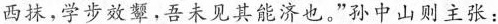
西抹，学步效颦，吾未见其能济也。”孙中山则主张：